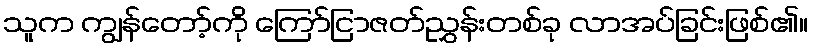
သူက ကျွန်တော့်ကို ကြော်ငြာဇတ်ညွှန်းတစ်ခု လာအပ်ခြင်းဖြစ်၏။